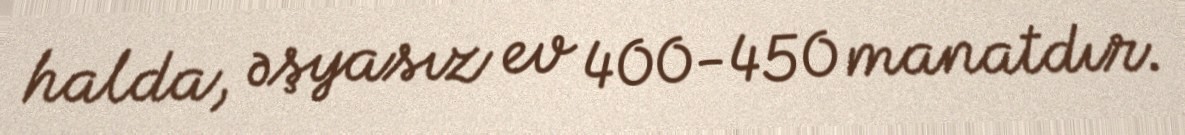
halda, əşyasız ev 400-450 manatdır.